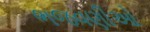
ભજવણીઓ